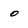
Character: 0